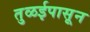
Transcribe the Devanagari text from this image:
तुळईपासून